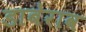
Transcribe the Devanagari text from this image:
डाबेराव